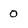
Character: 0